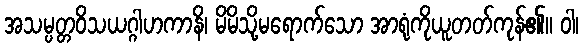
အသမ္ပတ္တဝိသယဂ္ဂါဟကာနိ၊ မိမိသို့မရောက်သော အာရုံကိုယူတတ်ကုန်၏။ ဝါ၊